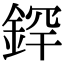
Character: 𫒢